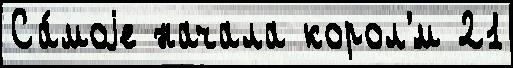
Са́моjе начала корол'́м 21